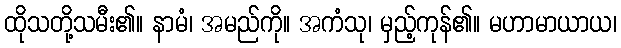
ထိုသတို့သမီး၏။ နာမံ၊ အမည်ကို။ အကံသု၊ မှည့်ကုန်၏။ မဟာမာယာယ၊